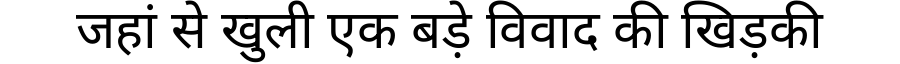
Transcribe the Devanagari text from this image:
जहां से खुली एक बड़े विवाद की खिड़की